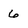
Character: 6